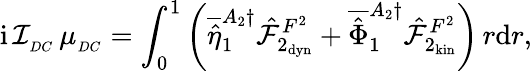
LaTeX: \mathrm{i}\, \mathcal{I}_{_{DC}}\, \mu_{_{DC}}=\int_{0}^{1}\left(\overline{{\hat{\eta}}}_{1}^{A_{2}\dagger}\hat{\mathcal{F}}_{2_{\mathrm{dyn}}}^{F^{2}}+\overline{{\hat{\Phi}}}_{1}^{A_{2}\dagger}\hat{\mathcal{F}}_{2_{\mathrm{kin}}}^{F^{2}}\right)\, r\mathrm{d}r,